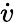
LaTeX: \dot{v}